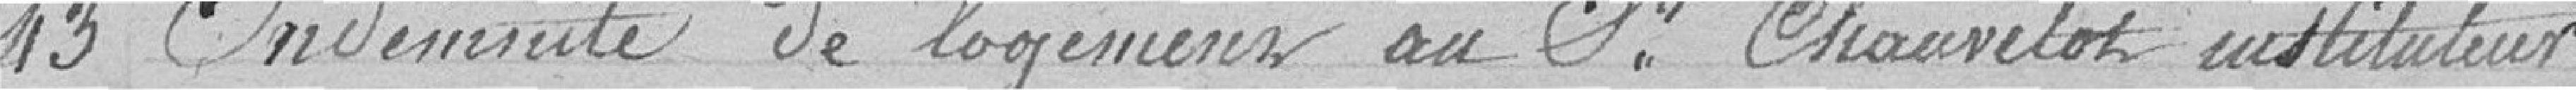
43 Indemnité de logement au Seigneur Chauvelot instituteur